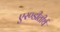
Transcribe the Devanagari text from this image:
एरण्डीतीर्थ